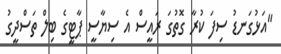
"އަޅުގަނޑު ސިފަ ކުރާ ގޮތުގަ ރައީސް އެ ސިޔާސީ ޕާޓީގެ ބިލް ތަސްދީގު